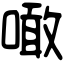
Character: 噉